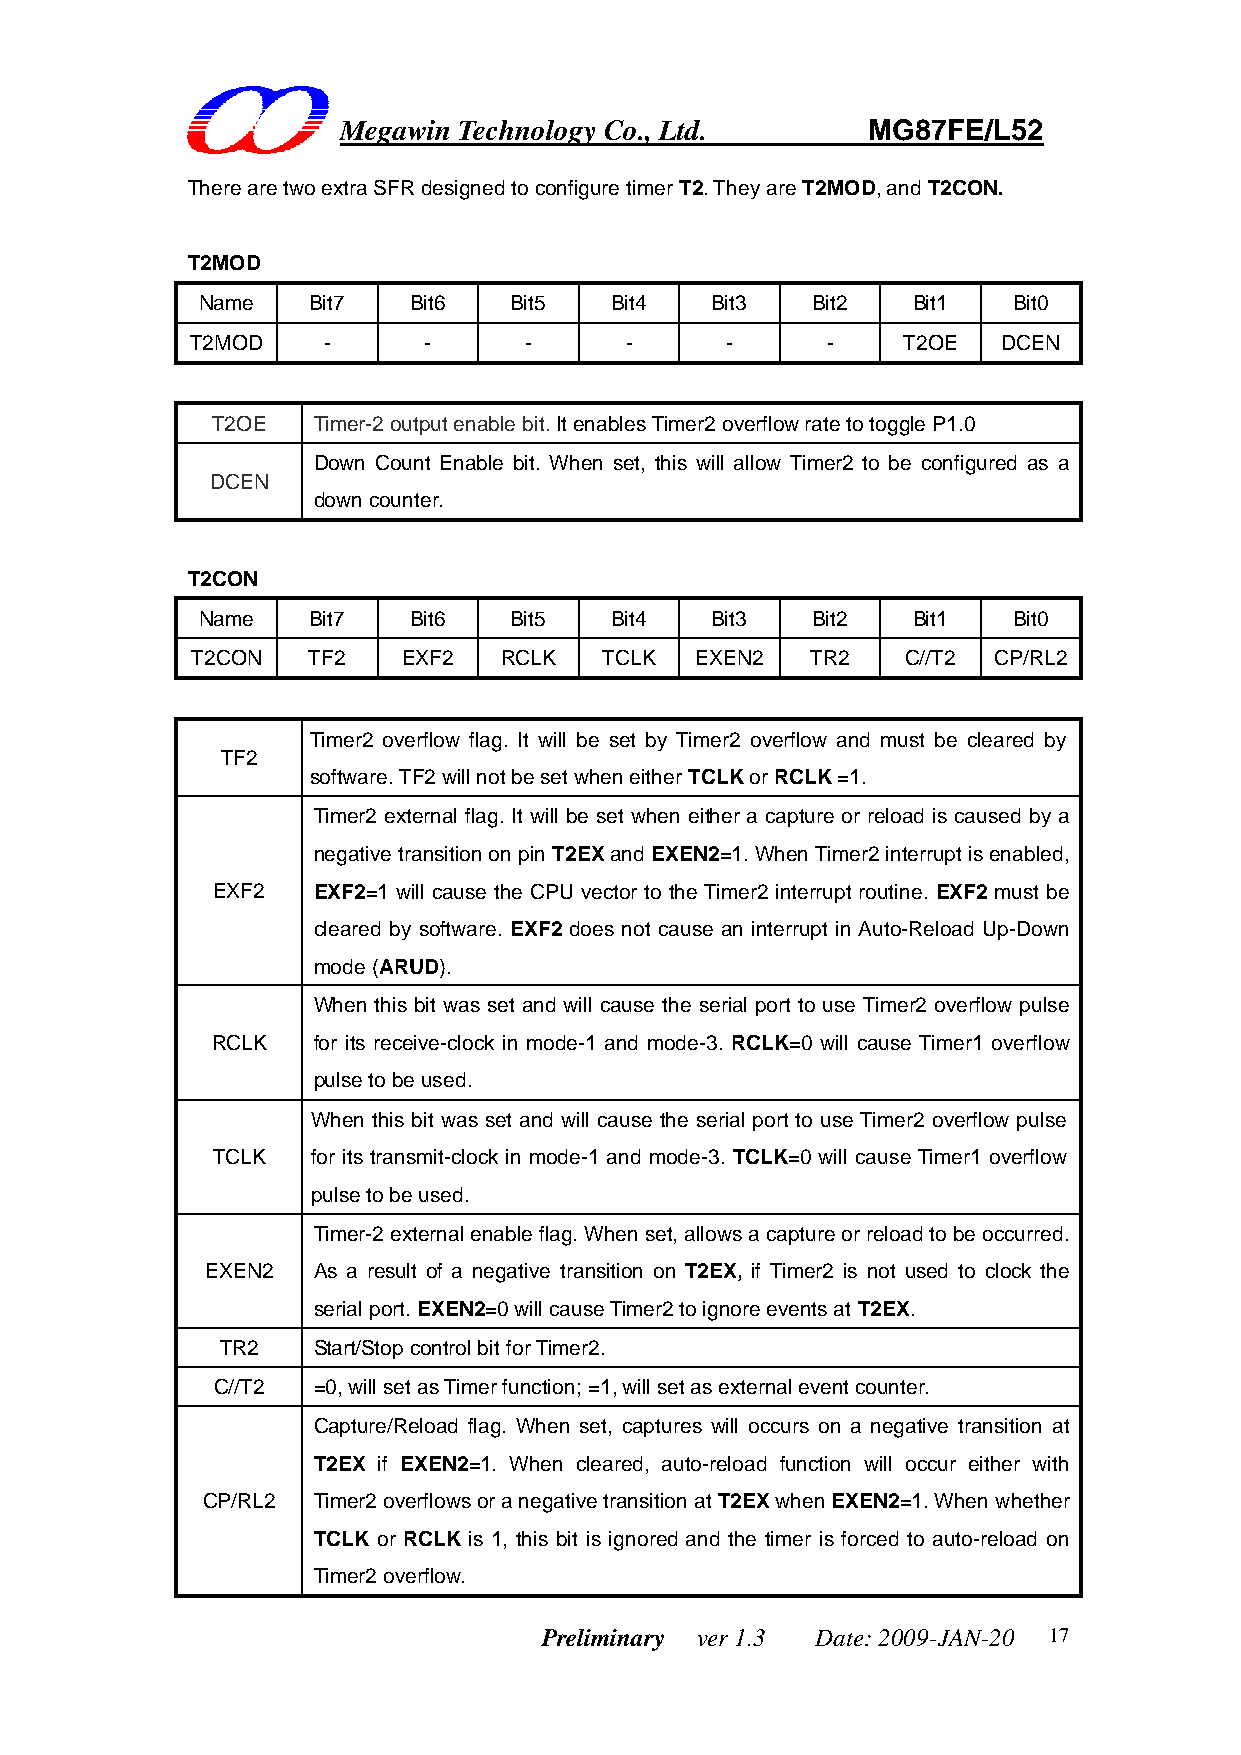
Megawin Technology Co., Ltd.       MG87FE/L52
 There are two extra SFR designed to configure timer T2. They are T2MOD, and T2CON.
 T2MOD
 Name   Bit7   Bit6   Bit5  Bit4   Bit3   Bit2  Bit1   Bit0
 T2MOD   -      -      -     -      -      -    T2OE  DCEN
 T2OE   Timer-2 output enable bit. It enables Timer2 overflow rate to toggle P1.0
 Down Count Enable bit. When set, this will allow Timer2 to be configured as a
 DCEN
 down counter.
 T2CON
 Name   Bit7   Bit6   Bit5  Bit4   Bit3   Bit2  Bit1   Bit0
 T2CON  TF2    EXF2  RCLK   TCLK  EXEN2   TR2   C//T2 CP/RL2
 Timer2 overflow flag. It will be set by Timer2 overflow and must be cleared by
 TF2
 software. TF2 will not be set when either TCLK or RCLK =1.
 Timer2 external flag. It will be set when either a capture or reload is caused by a
 negative transition on pin T2EX and EXEN2=1. When Timer2 interrupt is enabled,
 EXF2   EXF2=1 will cause the CPU vector to the Timer2 interrupt routine. EXF2 must be
 cleared by software. EXF2 does not cause an interrupt in Auto-Reload Up-Down
 mode (ARUD).
 When this bit was set and will cause the serial port to use Timer2 overflow pulse
 RCLK   for its receive-clock in mode-1 and mode-3. RCLK=0 will cause Timer1 overflow
 pulse to be used.
 When this bit was set and will cause the serial port to use Timer2 overflow pulse
 TCLK   for its transmit-clock in mode-1 and mode-3. TCLK=0 will cause Timer1 overflow
 pulse to be used.
 Timer-2 external enable flag. When set, allows a capture or reload to be occurred.
 EXEN2  As a result of a negative transition on T2EX, if Timer2 is not used to clock the
 serial port. EXEN2=0 will cause Timer2 to ignore events at T2EX.
 TR2   Start/Stop control bit for Timer2.
 C//T2  =0, will set as Timer function; =1, will set as external event counter.
 Capture/Reload flag. When set, captures will occurs on a negative transition at
 T2EX if EXEN2=1. When cleared, auto-reload function will occur either with
 CP/RL2  Timer2 overflows or a negative transition at T2EX when EXEN2=1. When whether
 TCLK or RCLK is 1, this bit is ignored and the timer is forced to auto-reload on
 Timer2 overflow.
 Preliminary ver 1.3 Date: 2009-JAN-20 17